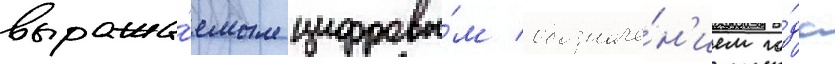
выража́емым цифровы́м обозначе́н'ием го́да